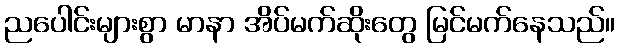
ညပေါင်းများစွာ မာနာ အိပ်မက်ဆိုးတွေ မြင်မက်နေသည်။